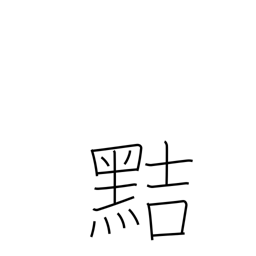
Meaning: crafty